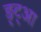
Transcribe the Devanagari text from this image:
ङ्ट्आ